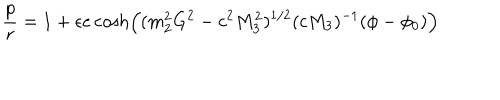
LaTeX: \frac { p } { r } = 1 + \epsilon e \cosh \left( ( m _ { 2 } ^ { 2 } G ^ { 2 } - c ^ { 2 } M _ { 3 } ^ { 2 } ) ^ { 1 / 2 } ( c M _ { 3 } ) ^ { - 1 } ( \phi - \phi _ { 0 } ) \right)